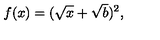
f ( x ) = ( \sqrt { x } + \sqrt { b } ) ^ { 2 } ,